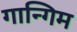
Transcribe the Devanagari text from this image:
गान्गिम